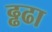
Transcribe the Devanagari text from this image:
ढ्ढढा